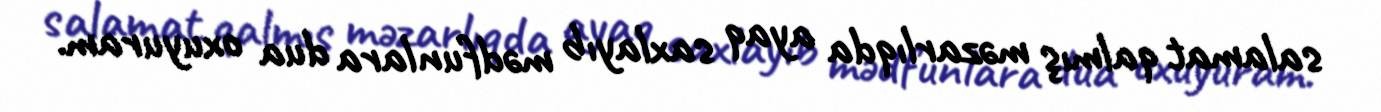
salamat qalmış məzarlıqda ayaq saxlayıb mədfunlara dua oxuyuram.